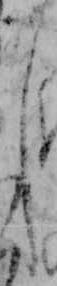
し